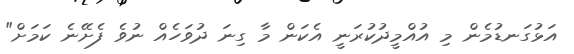
އަޅުގަނޑުމެން މި އުއްމީދުކުރަނީ އެކަން މާ ގިނަ ދުވަހެއް ނުވެ ފެށޭނެ ކަމަށް"